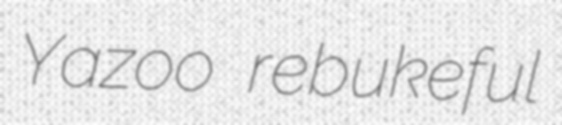
Yazoo rebukeful